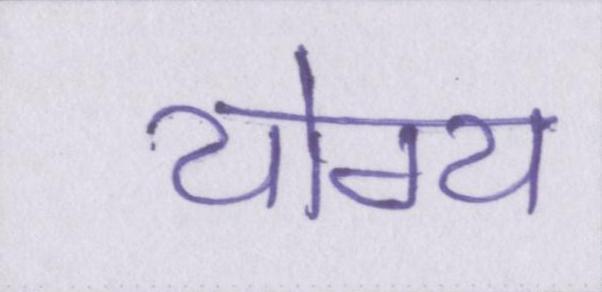
योग्य